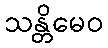
သန္တိမေဝ